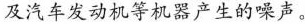
及汽车发动机等机器产生的噪声。